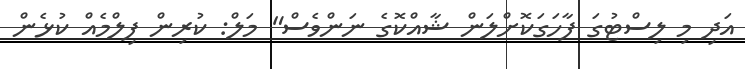
އަދި މި ލިސްޓުގަ ފާހަގަކޮށްލަން ޝާއްކޮގެ ނަންވެސް" މަލް: ކުރިން ފިލްމެއް ކުޅެން